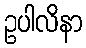
ဥပါလိနာ